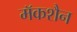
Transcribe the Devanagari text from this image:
मॅकशैन